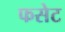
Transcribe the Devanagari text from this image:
फसेट